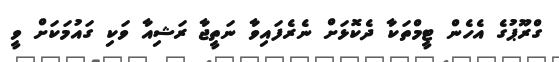
ގްރޫޕުގެ އެހެން ޓީމްތަކާ ދެކޮޅަށް ނެރެފައިވާ ނަތީޖާ ރަޝިއާ ވަކި ގައުމަކަށް ވީ